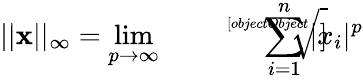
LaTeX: ||{\textbf{x}}||_{\infty}=\operatorname*{lim}_{p\to\infty}{\sqrt[[objectObject]]{\sum_{i=1}^{n}|x_{i}|^{p}}}